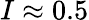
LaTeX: I\approx 0.5